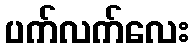
ပက်လက်လေး